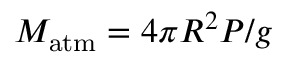
M _ { \mathrm { a t m } } = 4 \pi R ^ { 2 } P / g